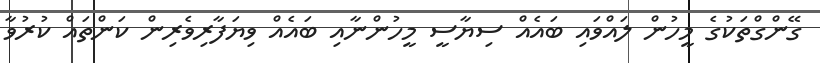
ގޭންގްތަކުގެ މީހުން ލައްވައި ބައެއް ސިޔާސީ މީހުންނާއި ބައެއް ވިޔަފާރިވެރިން ކަންތައް ކުރުވާ